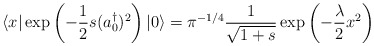
\begin{align*}\langle x \vert \exp \left(-\frac{1}{2}s (a_0^{\dagger})^2\right)| 0 \rangle= \pi^{-1/4} \frac{1}{\sqrt{1 + s}} \exp \left(-\frac{\lambda}{ 2}x^2 \right) \end{align*}